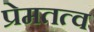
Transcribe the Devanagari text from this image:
प्रेमतत्व